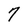
Character: 7